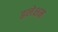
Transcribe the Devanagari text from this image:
इलेक्षन